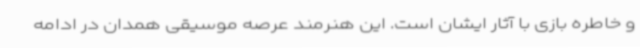
و خاطره بازی با آثار ایشان است. این هنرمند عرصه موسیقی همدان در ادامه